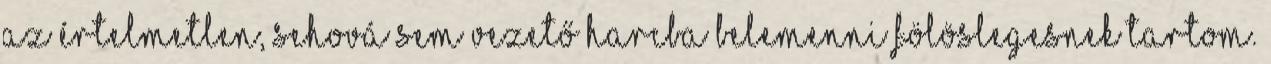
az értelmetlen, sehová sem vezető harcba belemenni fölöslegesnek tartom.